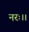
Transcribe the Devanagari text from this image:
नरः।।